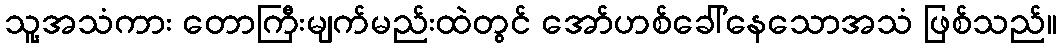
သူ့အသံကား တောကြီးမျက်မည်းထဲတွင် အော်ဟစ်ခေါ်နေသောအသံ ဖြစ်သည်။